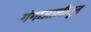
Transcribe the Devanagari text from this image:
गंगाजालीतून